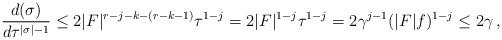
LaTeX: \begin{align*} \frac{d(\sigma)}{d\tau^{|\sigma|-1}} \le 2|F|^{r-j-k - (r-k-1)} \tau^{1-j}= 2|F|^{1-j}\tau^{1-j} = 2\gamma^{j-1} (|F|f)^{1-j}\le 2\gamma\,, \end{align*}